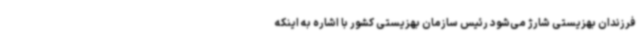
فرزندان بهزیستی شارژ می‌شود رئیس سازمان بهزیستی کشور با اشاره به اینکه